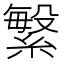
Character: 䌓